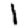
Digit: 1